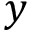
y